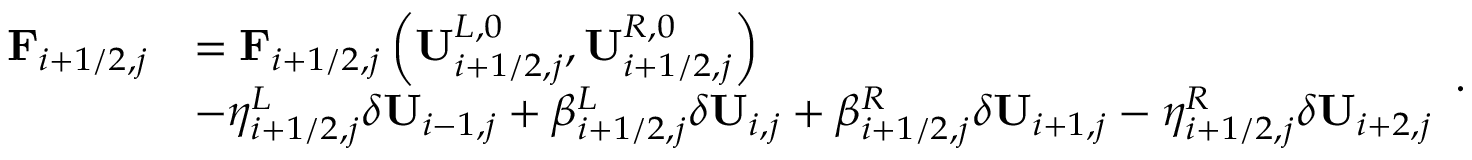
\begin{array} { r l } { \mathbf { F } _ { i + 1 / 2 , j } } & { = \mathbf { F } _ { i + 1 / 2 , j } \left( \mathbf { U } _ { i + 1 / 2 , j } ^ { L , 0 } , \mathbf { U } _ { i + 1 / 2 , j } ^ { R , 0 } \right) } \\ & { - \eta _ { i + 1 / 2 , j } ^ { L } \delta \mathbf { U } _ { i - 1 , j } + \beta _ { i + 1 / 2 , j } ^ { L } \delta \mathbf { U } _ { i , j } + \beta _ { i + 1 / 2 , j } ^ { R } \delta \mathbf { U } _ { i + 1 , j } - \eta _ { i + 1 / 2 , j } ^ { R } \delta \mathbf { U } _ { i + 2 , j } } \end{array} .